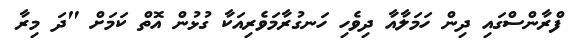
ފްރާންސްގައި ދިން ހަމަލާއާ ދިވެހި ހަނގުރާމަވެރިއަކާ ގުޅުން އޮތް ކަމަށް "ދަ މިރާ